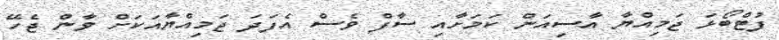
ފުޓްބޯޅަ ޖަމިއްޔާ އާސިއަން ކަމަށާއި ސާފް ވެސް އެފަދަ ޖަމިއްޔާއަކަށް ވާން ޖެހޭ